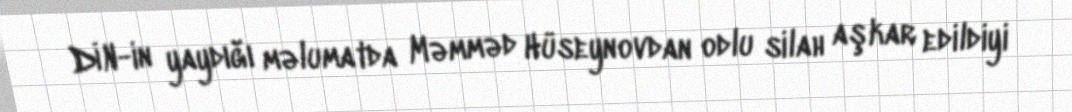
DİN-in yaydığı məlumatda Məmməd Hüseynovdan odlu silah aşkar edildiyi